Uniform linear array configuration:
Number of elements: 32
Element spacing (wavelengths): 1
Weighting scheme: binomial
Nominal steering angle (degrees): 0
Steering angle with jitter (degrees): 0.7307
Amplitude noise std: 0.05
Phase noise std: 0.05

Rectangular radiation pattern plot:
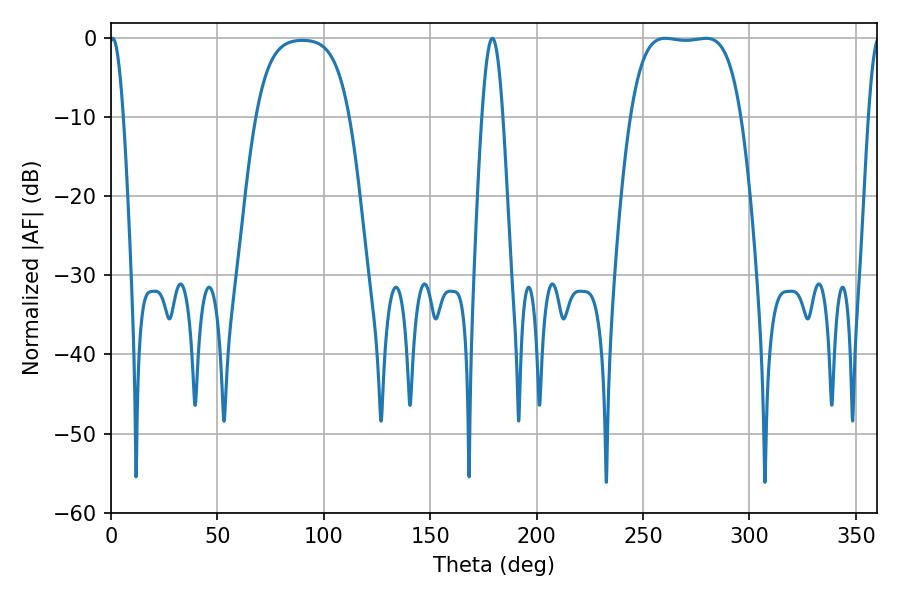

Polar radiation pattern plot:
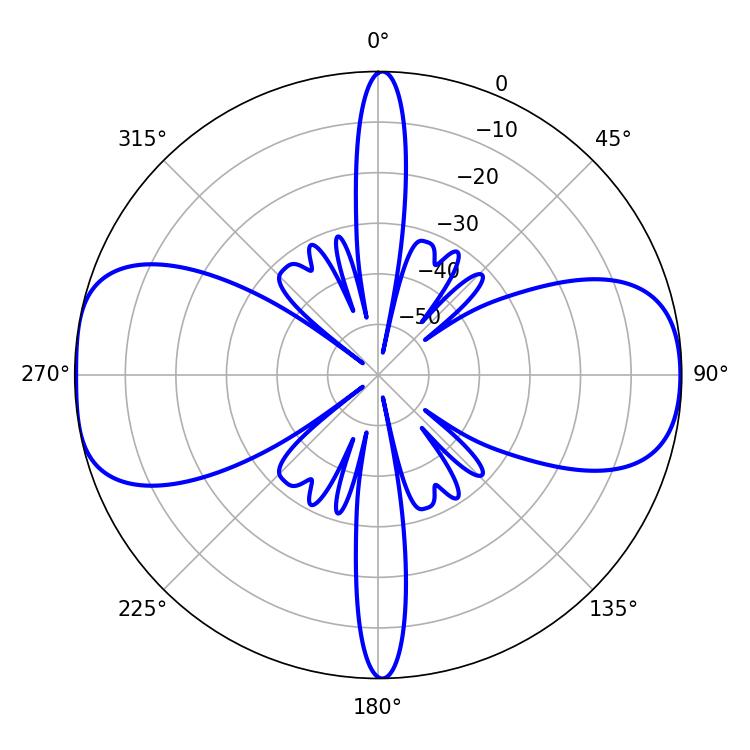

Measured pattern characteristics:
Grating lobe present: TRUE
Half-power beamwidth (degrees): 40.32
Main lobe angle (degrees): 260.46